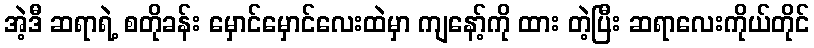
အဲ့ဒီ ဆရာရဲ့ စတိုခန်း မှောင်မှောင်လေးထဲမှာ ကျနော့်ကို ထား တဲ့ပြီး ဆရာလေးကိုယ်တိုင်